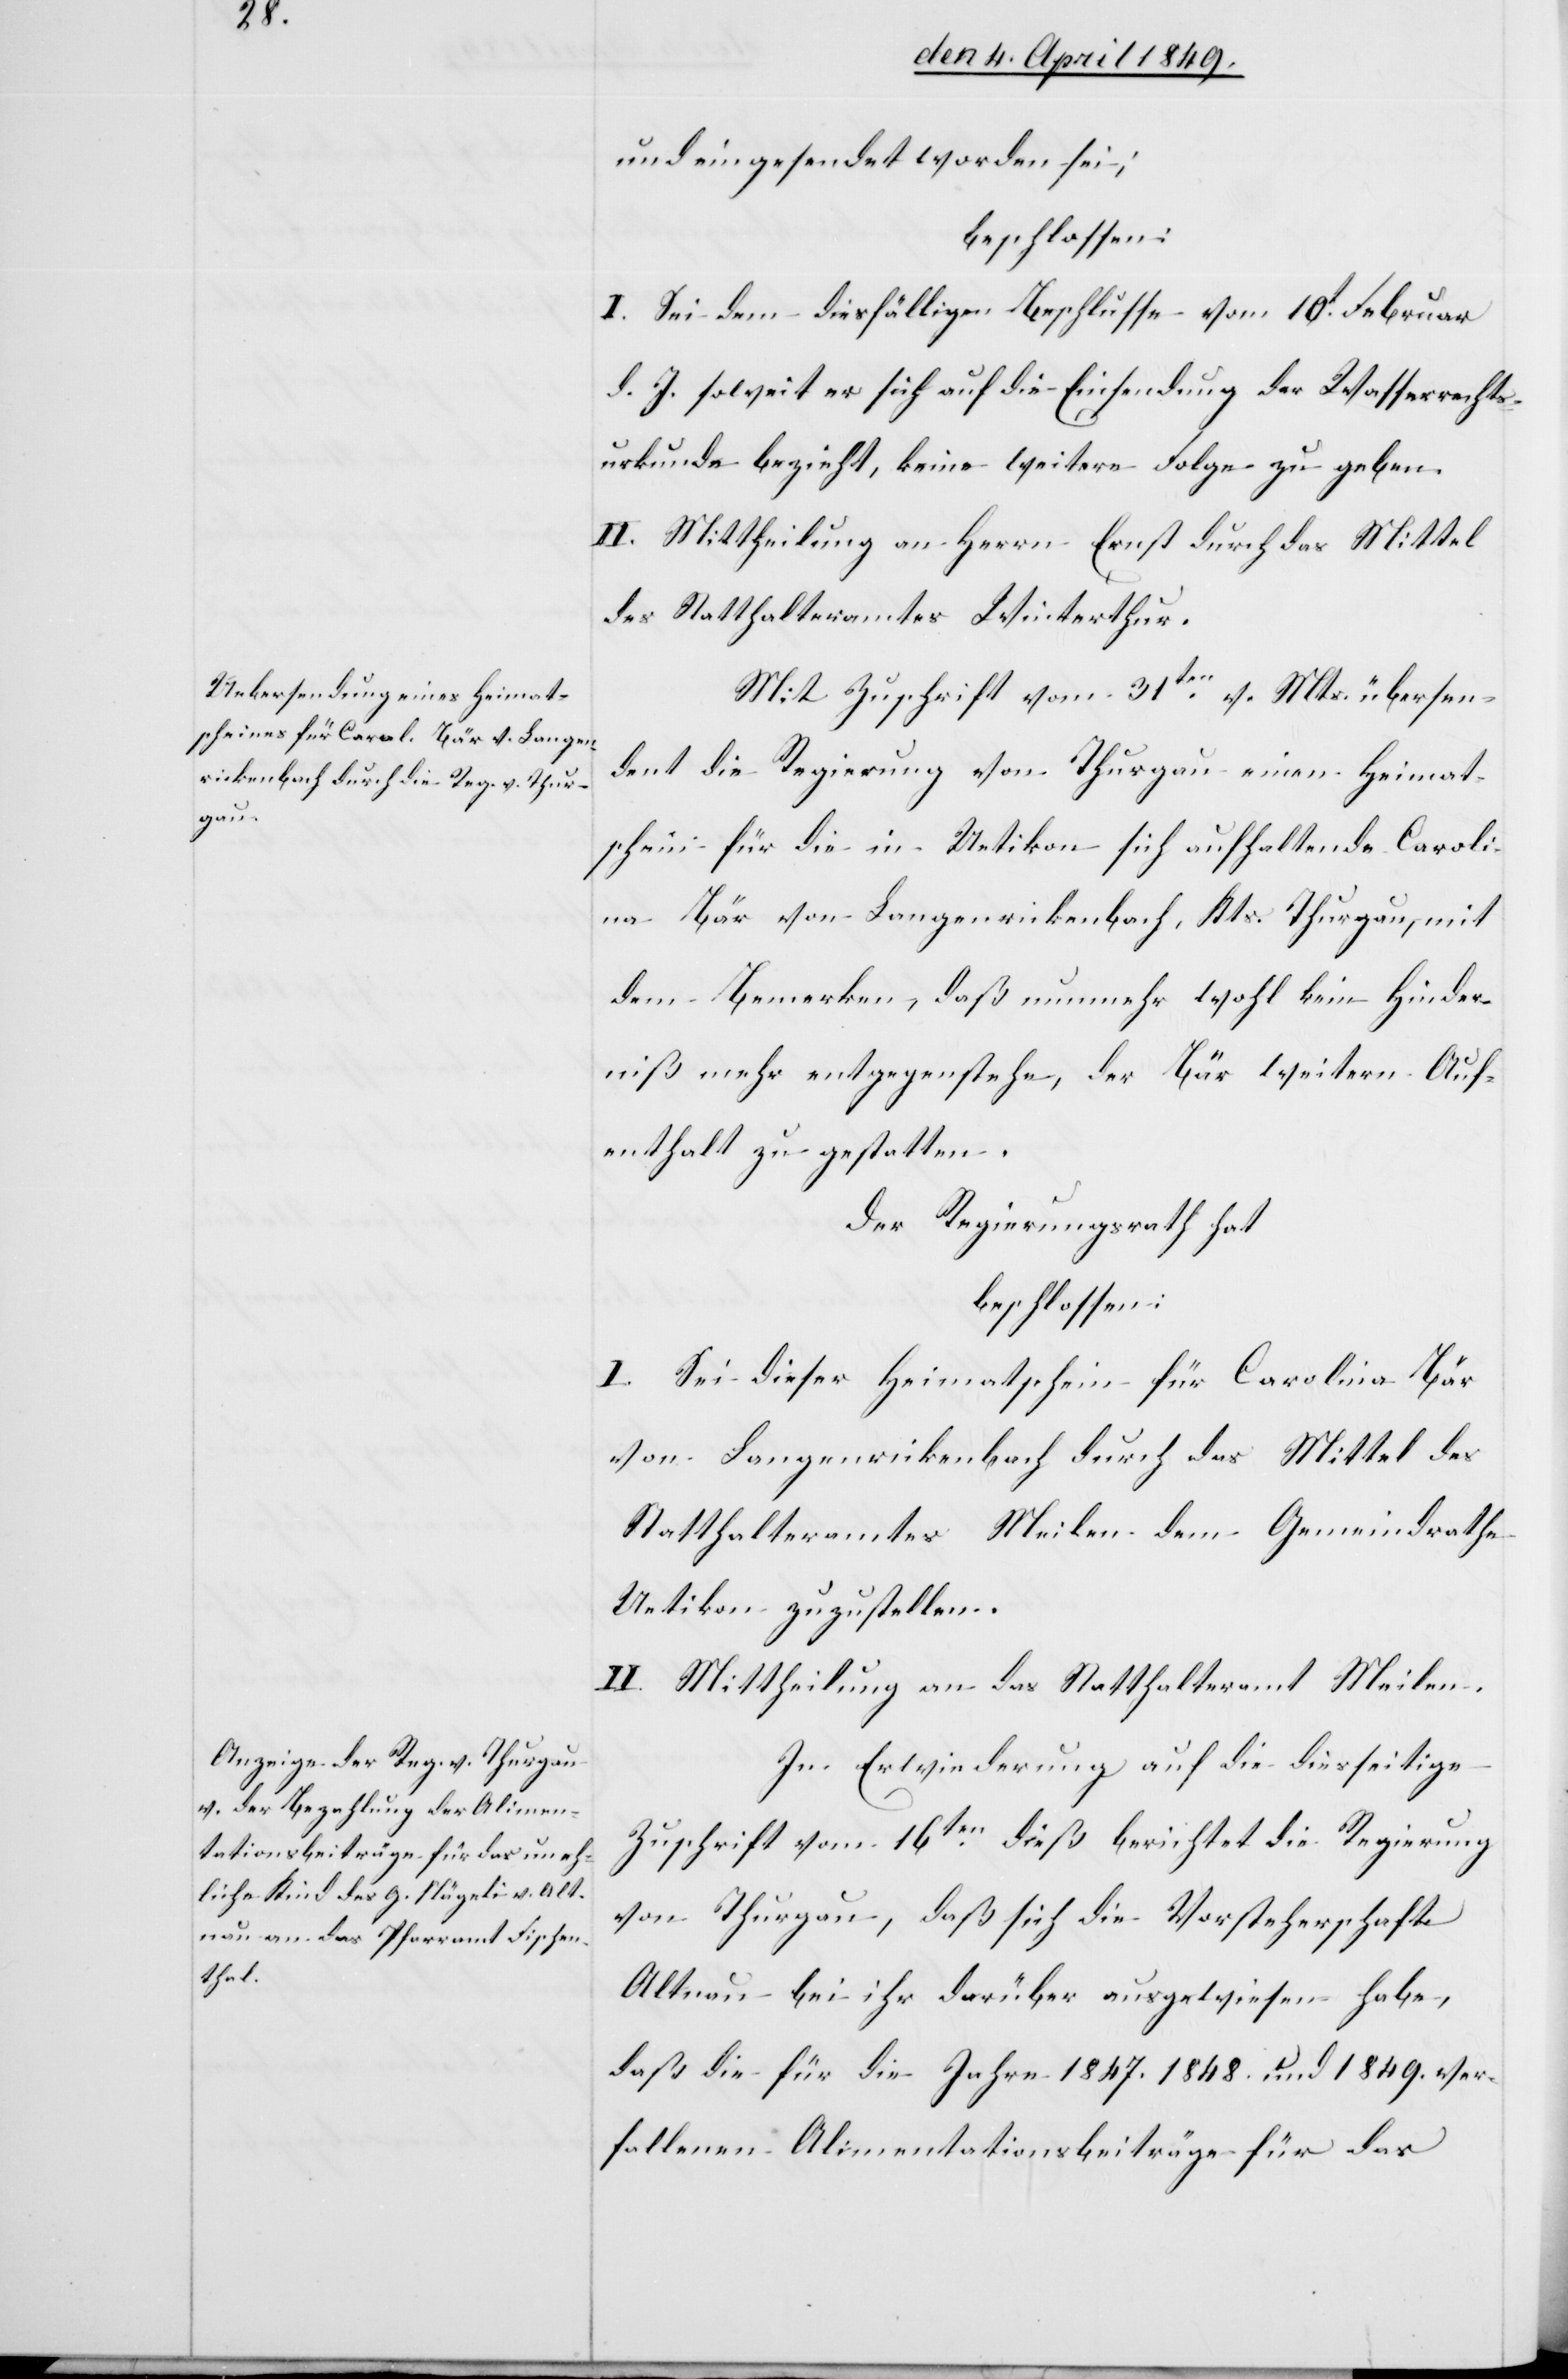
dent

und eingesendet worden sei;
beschlossen:
I. Sei dem diesfälligen Beschlusse vom 10t Februar
d. J. soweit er sich auf die Einsendung der Wasserrechts¬
urkunde bezieht, keine weitere Folge zu geben.
II. Mittheilung an Herrn Ernst durch das Mittel
des Statthalteramtes Winterthur.
Mit Zuschrift vom 31ten v. Mts. übersen¬
die Regierung von Thurgau einen Heimat¬
schein für die in Uetikon sich aufhaltende Caroli¬
na Bär von Langenrickenbach, Kts. Thurgau, mit
dem Bemerken, daß nunmehr wohl kein Hinder¬
niß mehr entgegenstehe, der Bär weitern Auf¬
enthalt zu gestatten.
Der Regierungsrath hat
beschlossen:
I. Sei dieser Heimatschein für Carolina Bär
von Langenrickenbach durch das Mittel des
Statthalteramtes Meilen dem Gemeindrathe
Uetikon zuzustellen.
II. Mittheilung an das Statthalteramt Meilen.
In Erwiederung auf die diesseitige
Zuschrift vom 16ten dieß berichtet die Regierung
von Thurgau, daß sich die Vorsteherschaft
Altnau bei ihr darüber ausgewiesen habe,
daß die für die Jahre 1847. 1848. und 1849. ver¬
haltenen Alimentationsbeiträge für das